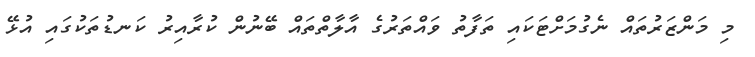
މި މަންޒަރުތައް ނެގުމަށްޓަކައި ތަފާތު ވައްތަރުގެ އާލާތްތައް ބޭނުން ކުރާއިރު ކަނޑުތަކުގައި އުޅޭ